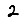
Digit: 2